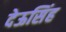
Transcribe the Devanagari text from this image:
देऊसिंह